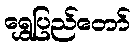
ရွှေပြည်တော်